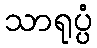
သာရုပ္ပံ